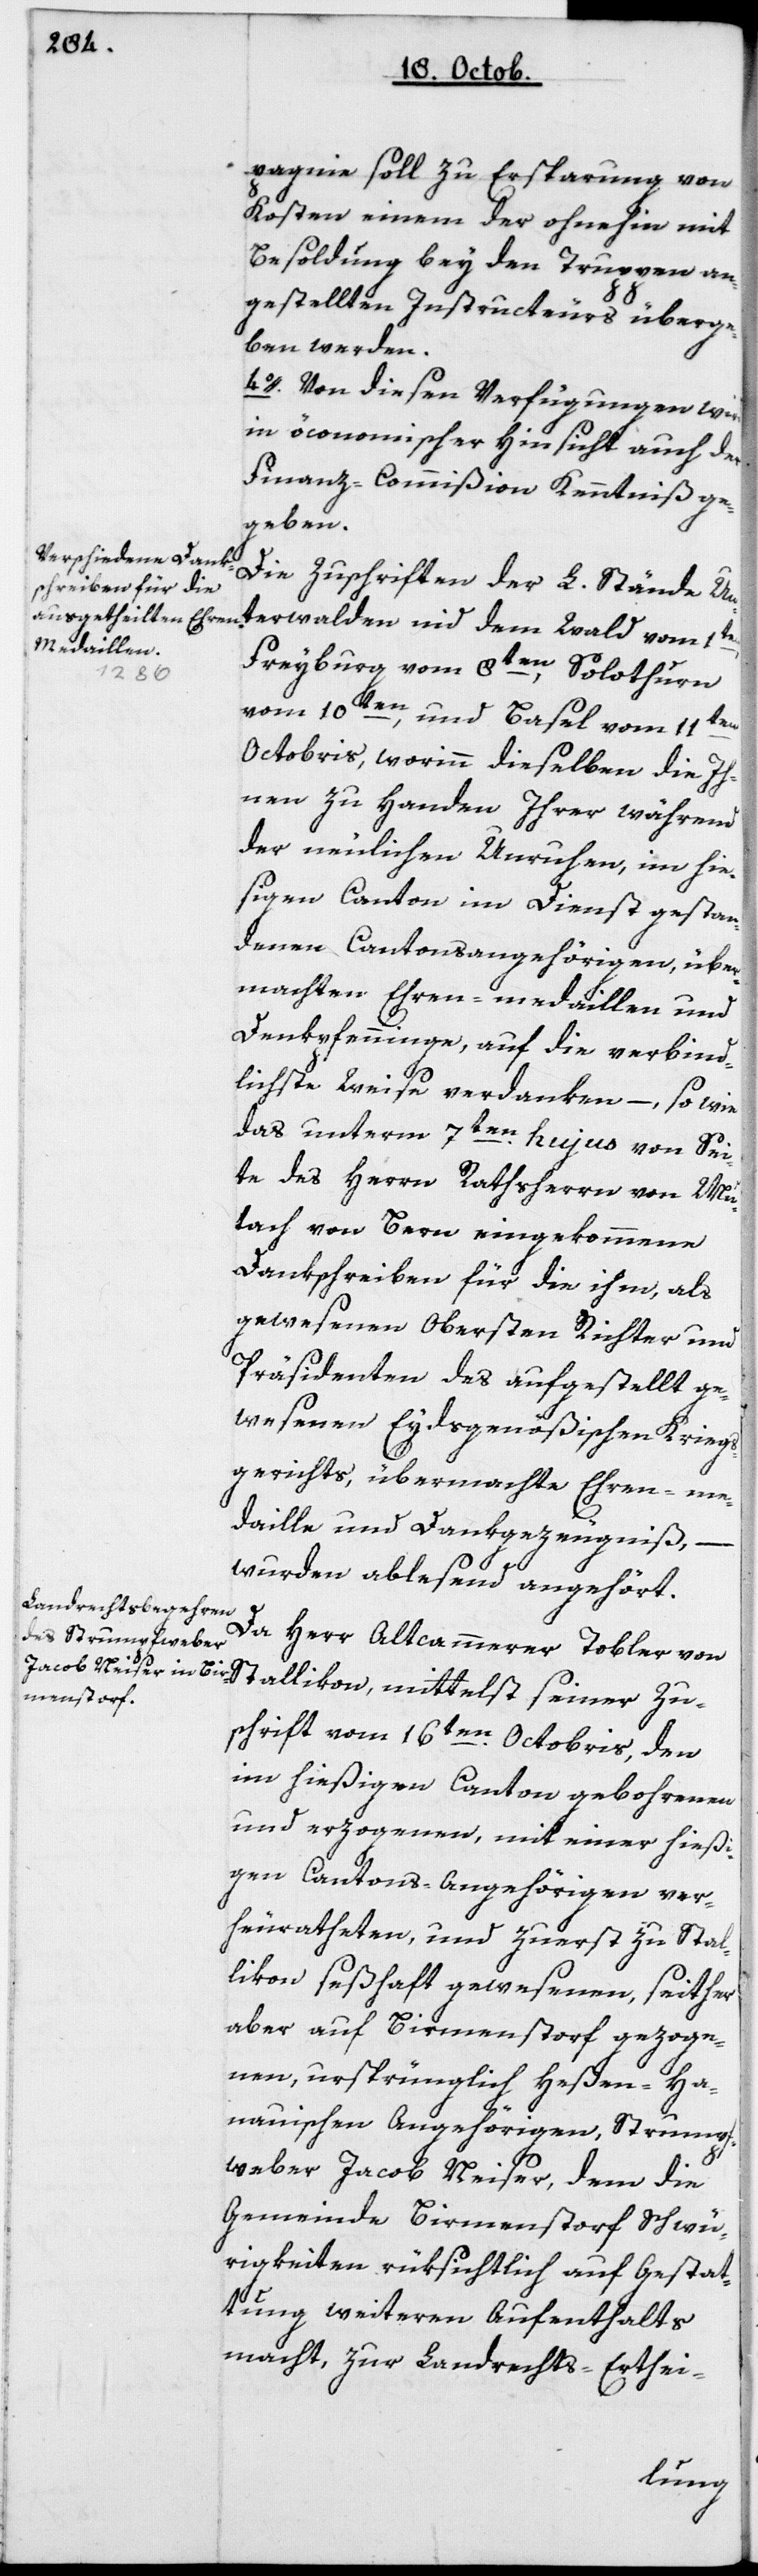
pagnie soll zu Ersparung von
Kosten einem der ohnehin mit
Besoldung bey den Truppen an¬
gestellten Instructeurs überge¬
ben werden.
4o. Von diesen Verfügungen wird
in öconomischer Hinsicht auch der
Finanz-Commißion Kenntniß ge¬
geben.
Die Zuschriften der L. Stände Un¬
terwalden nid dem Wald vom 1ten,
Freyburg vom 8ten, Solothurn
vom 10ten, und Basel vom 11ten
Octobris, worinn dieselben die ih¬
nen zu Handen ihrer während
der neulichen Unruhen im hie¬
ßigen Canton im Dienst gestan¬
denen Cantonsangehörigen, über¬
machten Ehren-medaillen und
Denkpfenninge, auf die verbind¬
lichste Weise verdanken, – so wie
das unterm 7ten hujus von Sei¬
te des Herrn Rathsherrn von Mu¬
tach von Bern eingekommene
Dankschreiben für die ihm, als
gewesenen Obersten Richter und
Präsidenten des aufgestellt ge¬
wesenen Eydsgenößischen Kriegs¬
gerichts, übermachte Ehreme¬
daille und Dankgezeugniß,
wurden ablesend angehört.
Da Herr Altkammerer Tobler von
Stallikon, mittelst seiner Zu¬
schrift vom 16ten Octobris, den
im hießigen Canton geborenen
und erzogenen, mit einer hießi¬
gen Cantons-Angehörigen ver¬
heuratheten, und zuerst zu Stal¬
likon seßhaft gewesenen, seither
aber auf Birmenstorf gezoge¬
nen, ursprünglich Heßen-Ha¬
nauischen Angehörigen, Strumpf¬
weber Jacob Neiser, dem die
Gemeinde Birmenstorf Schwü¬
rigkeiten rüksichtlich auf Gestat¬
tung weiteren Aufenthalts
macht, zur Landrechts-Erthei-